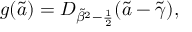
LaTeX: g ( \tilde { a } ) = D _ { { \tilde { \beta } } ^ { 2 } - { \frac { 1 } { 2 } } } ( \tilde { a } - \tilde { \gamma } ) ,